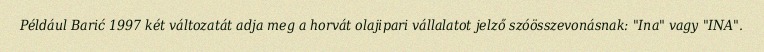
Például Barić 1997 két változatát adja meg a horvát olajipari vállalatot jelző szóösszevonásnak: "Ina" vagy "INA".